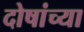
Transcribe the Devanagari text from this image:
दोषांच्या